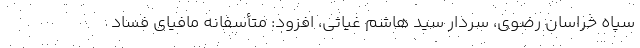
سپاه خراسان رضوی، سردار سید هاشم غیاثی، افزود: متأسفانه مافیای فساد